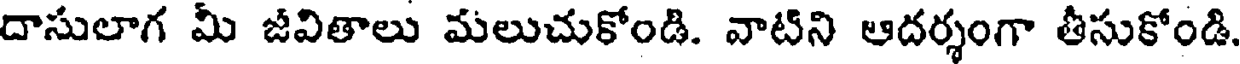
దాసులాగ మీ జవితాలు మలుచుకోండి. వాటిని ఆదర్శంగా తీసుకోండి